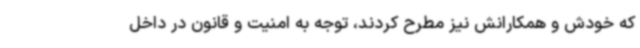
که خودش و همکارانش نیز مطرح کردند، توجه به امنیت و قانون در داخل